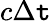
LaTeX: c\Delta\mathtt{t}